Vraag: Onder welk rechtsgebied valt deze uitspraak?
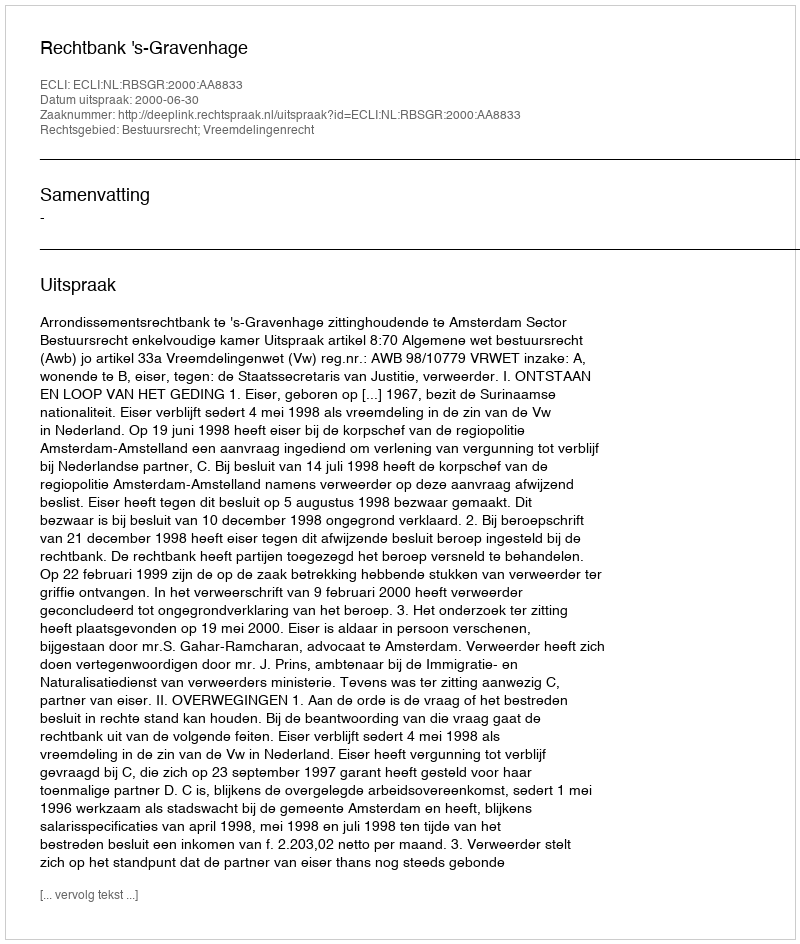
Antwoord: Bestuursrecht; Vreemdelingenrecht